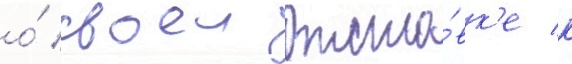
о́ своеи отста́вк'е к